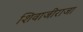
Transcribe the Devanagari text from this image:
शिवाजीराजा